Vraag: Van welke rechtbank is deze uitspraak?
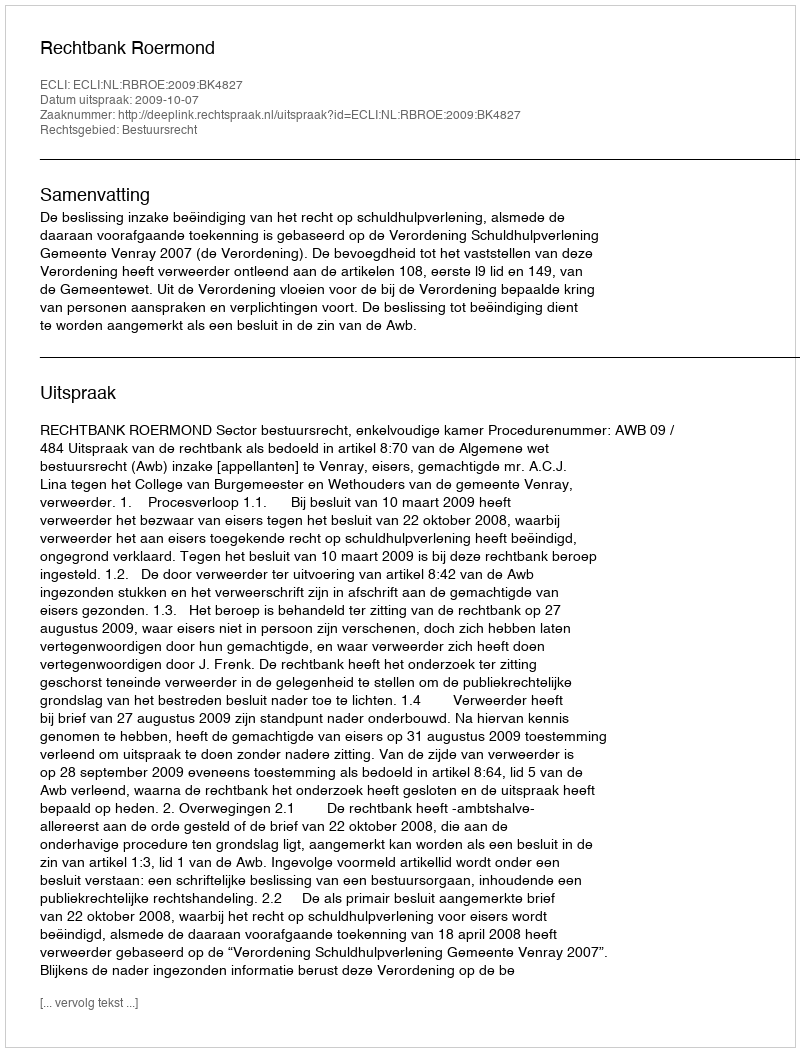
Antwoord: Rechtbank Roermond